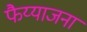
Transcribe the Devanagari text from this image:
फैय्याजना